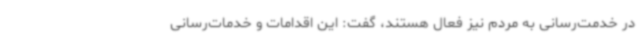
در خدمت‌رسانی به مردم نیز فعال هستند، گفت: این اقدامات و خدمات‌رسانی